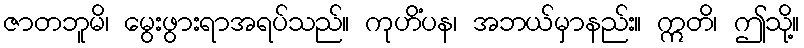
ဇာတဘူမိ၊ မွေးဖွားရာအရပ်သည်။ ကုဟိံပန၊ အဘယ်မှာနည်း။ ဣတိ၊ ဤသို့။